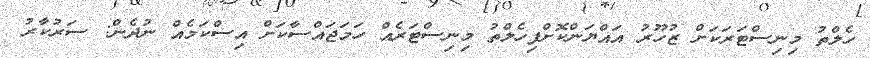
ހެލްތު މިނިސްޓަރަކަށް ޒުހޫރު އައްޔަންކޮށްފިހެލްތު މިނިސްޓަރެއް ހަމަޖައްސާކަށް އިސްކަމެއް ނުދެން: ސަރުކާރު